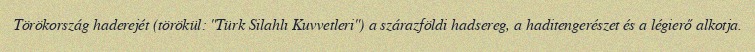
Törökország haderejét (törökül: "Türk Silahlı Kuvvetleri") a szárazföldi hadsereg, a haditengerészet és a légierő alkotja.